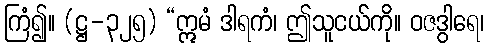
ကြံ၍။ (ဋ္ဌ-၃၂၅) “ဣမံ ဒါရကံ၊ ဤသူငယ်ကို။ ဝဇဒွါရေ၊